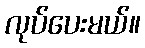
လုပ်ပေးမယ်။